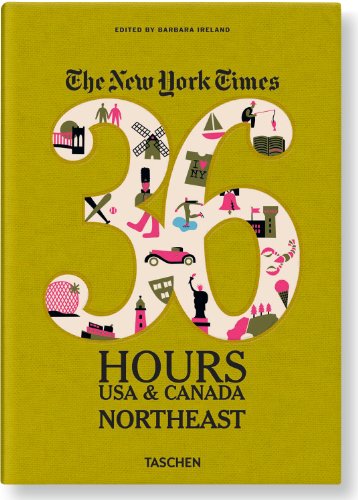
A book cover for The New York Times: 36 Hours USA & Canada, Northeast; Travel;